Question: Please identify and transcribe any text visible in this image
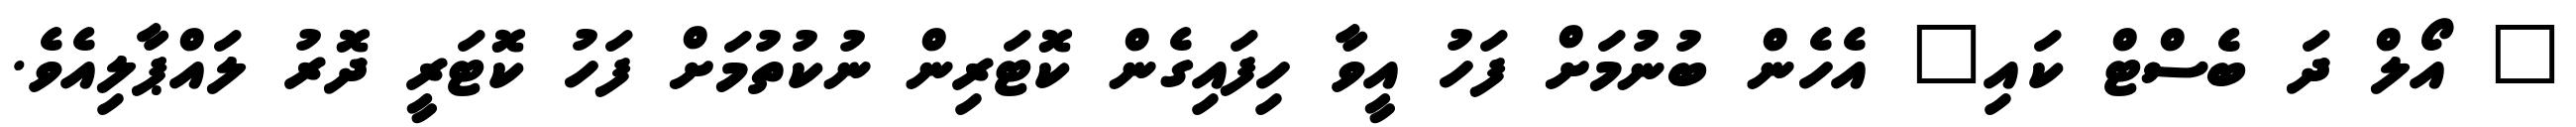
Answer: " އޯލް ދަ ބެސްޓް ކައި" އެހެން ބުނުމަށް ފަހު އީވާ ހިފައިގެން ކޮޓަރިން ނުކުތުމަށް ފަހު ކޮޓަރީ ދޮރު ލައްޕާލިއެވެ.